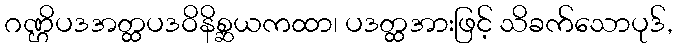
ဂဏ္ဌိပဒအတ္ထပဒဝိနိစ္ဆယကထာ၊ ပဒတ္ထအားဖြင့် သိခက်သောပုဒ်,